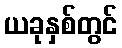
ယခုနှစ်တွင်